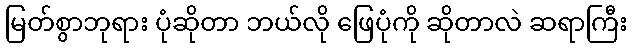
မြတ်စွာဘုရား ပုံဆိုတာ ဘယ်လို ဖြေပုံကို ဆိုတာလဲ ဆရာကြီး